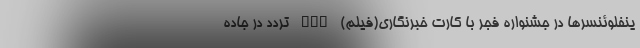
ینفلوئنسرها در جشنواره فجر با کارت خبرنگاری(فیلم) nan تردد در جاده